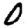
Digit: 0